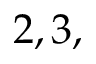
2 , 3 ,